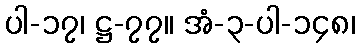
ပါ-၁၇၊ ဋ္ဌ-၇၇။ အံ-၃-ပါ-၁၄၈၊